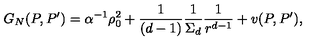
G _ { N } ( P , P ^ { \prime } ) = \alpha ^ { - 1 } \rho _ { 0 } ^ { 2 } + { \frac { 1 } { ( d - 1 ) } } { \frac { 1 } { \Sigma _ { d } } } { \frac { 1 } { r ^ { d - 1 } } } + v ( P , P ^ { \prime } ) ,